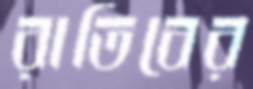
রাতিবের